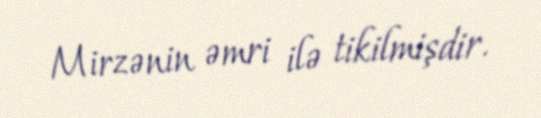
Mirzənin əmri ilə tikilmişdir.